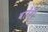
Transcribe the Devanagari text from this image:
वारेंद्री